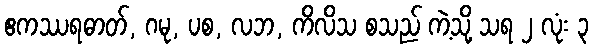
ဧကဿရဓာတ်, ဂမု, ပစ, လဘ, ကိလိသ စသည် ကဲ့သို့ သရ ၂ လုံး ၃